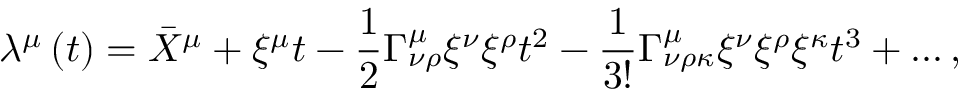
\lambda ^ { \mu } \left( t \right) = \bar { X } ^ { \mu } + \xi ^ { \mu } t - \frac { 1 } { 2 } \Gamma _ { \nu \rho } ^ { \mu } \xi ^ { \nu } \xi ^ { \rho } t ^ { 2 } - \frac { 1 } { 3 ! } \Gamma _ { \nu \rho \kappa } ^ { \mu } \xi ^ { \nu } \xi ^ { \rho } \xi ^ { \kappa } t ^ { 3 } + \ldots ,